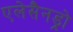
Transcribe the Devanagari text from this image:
एलेसैनड्रो